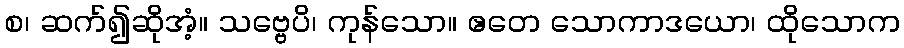
စ၊ ဆက်၍ဆိုအံ့။ သဗ္ဗေပိ၊ ကုန်သော။ ဧတေ သောကာဒယော၊ ထိုသောက